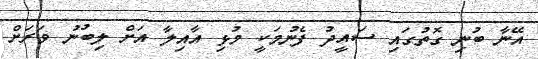
އޭނާ ބުނި ގޮތުގައި ސައީދު ފެނުމަކީ މުޅި އާއިލާ އަށް ލިބުނު ވަރަށް